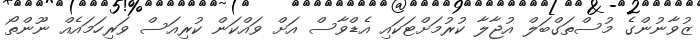
ޒުވާނުންގެ މުސްތަގްބަލް އުޖާލާ ކުރުމަށްޓަކައި އެޑްވާސް އަށް ވައްކަން ކުރިއަސް ވަރިހަމައެއް ނޫންތޯ